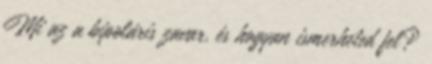
Mi az a bipoláris zavar, és hogyan ismerheted fel?